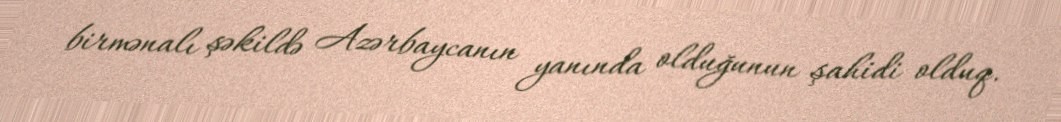
birmənalı şəkildə Azərbaycanın yanında olduğunun şahidi olduq.